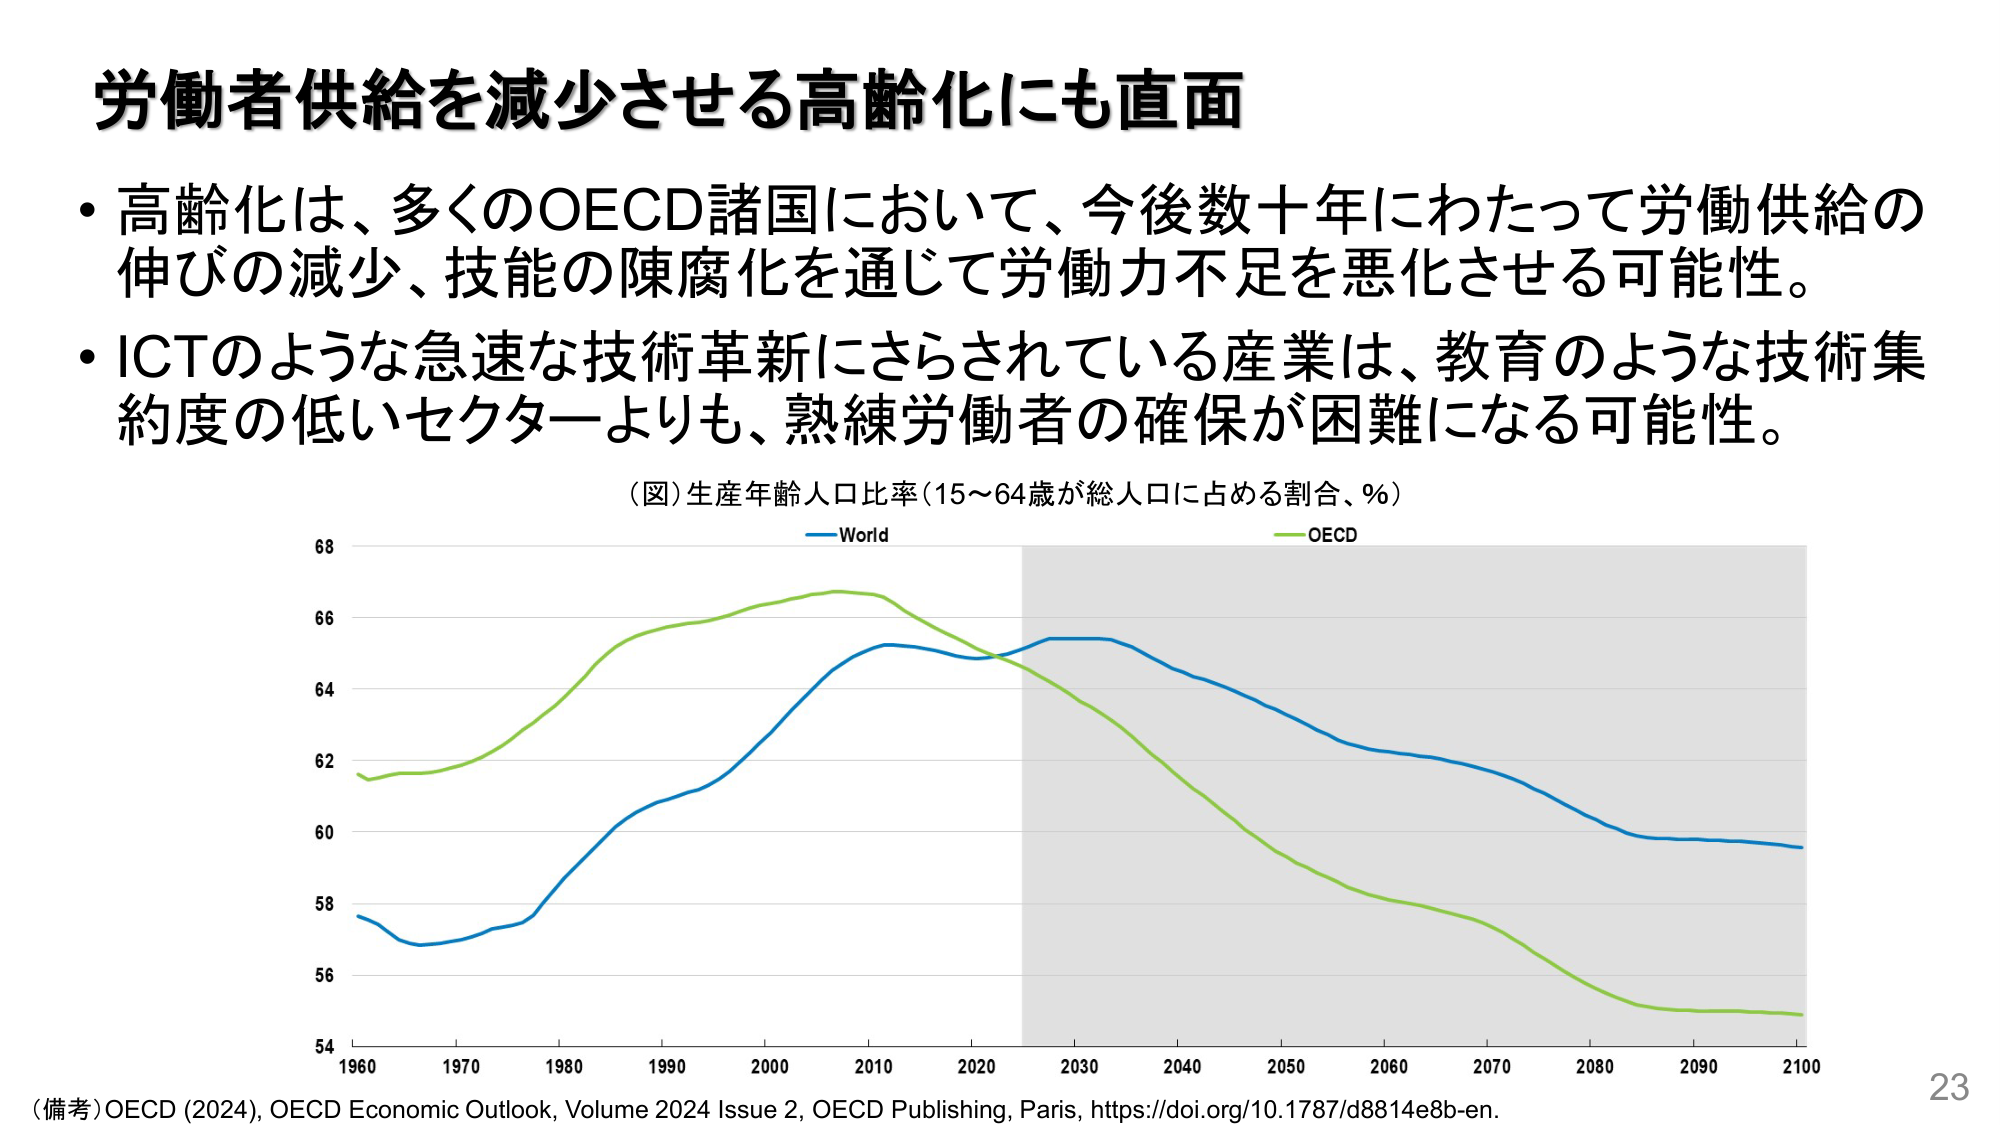
労働者供給を減少させる高齢化にも直面

・高齢化は、多くのOECD諸国において、今後数十年にわたって労働供給の伸びの減少、技能の陳腐化を通じて労働力不足を悪化させる可能性。

・ICTのような急速な技術革新にさらされている産業は、教育のような技術集約度の低いセクターよりも、熟練労働者の確保が困難になる可能性。

（図）生産年齢人口比率（15～64歳が総人口に占める割合、％）
World
OECD

1960 1970 1980 1990 2000 2010 2020 2030 2040 2050 2060 2070 2080 2090 2100
54 56 58 60 62 64 66 68

（備考）OECD (2024), OECD Economic Outlook, Volume 2024 Issue 2, OECD Publishing, Paris, https://doi.org/10.1787/d8814e8b-en.

23